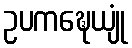
ဥပကဍ္ဎေယျုံ